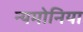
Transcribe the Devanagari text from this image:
न्यमोनिया